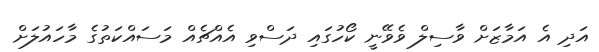
އަދި އެ އަމާޒަށް ވާސިލް ވެވޭނީ ކޯހުގައި ދަސްވި އެއްޗެއް މަސައްކަތުގެ މާހައުލަށް